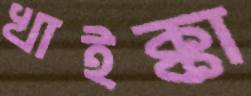
খাইক্কা